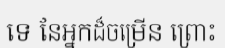
ទេ នែអ្នកដ៏ចម្រើន ព្រោះ